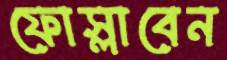
ফোস্‌লাবেন